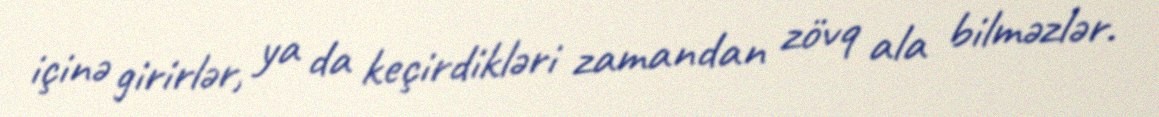
içinə girirlər, ya da keçirdikləri zamandan zövq ala bilməzlər.